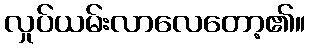
လှုပ်ယမ်းလာလေတော့၏။